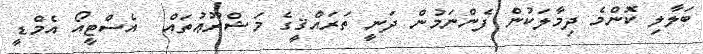
ބަލާލި ކޮންމެ ދިމާލަކުން ފެންނަމުން ދަނީ ތަރައްޤީގެ މަޝްރޫޢުތައް  އެސްޓީއޯ އެމްޑީ